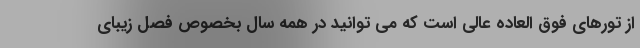
از تورهای فوق العاده عالی است که می توانید در همه سال بخصوص فصل زیبای